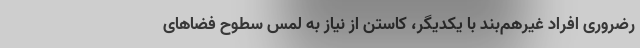
رضروری افراد غیرهم‌بند با یکدیگر، کاستن از نیاز به لمس سطوح فضاهای